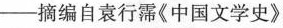
——摘编自袁行霈《中国文学史》